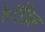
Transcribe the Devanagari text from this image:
१०एप्रिल